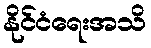
နိုင်ငံရေးအသိ